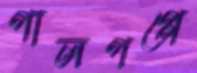
গালগপ্পে